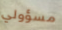
مسؤولي